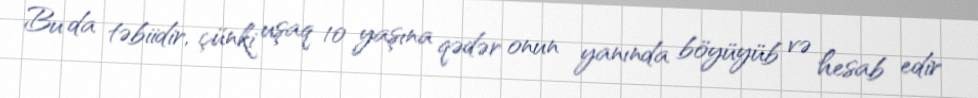
Bu da təbiidir, çünki uşaq 10 yaşına qədər onun yanında böyüyüb və hesab edir